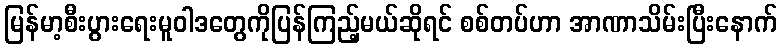
မြန်မာ့စီးပွားရေးမူဝါဒတွေကိုပြန်ကြည့်မယ်ဆိုရင် စစ်တပ်ဟာ အာဏာသိမ်းပြီးနောက်